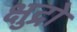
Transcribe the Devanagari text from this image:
क्षुद्रो